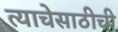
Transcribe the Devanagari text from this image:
त्याचेसाठीची